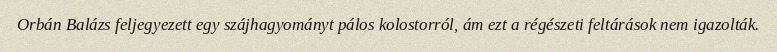
Orbán Balázs feljegyezett egy szájhagyományt pálos kolostorról, ám ezt a régészeti feltárások nem igazolták.